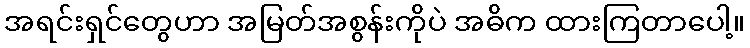
အရင်းရှင်တွေဟာ အမြတ်အစွန်းကိုပဲ အဓိက ထားကြတာပေါ့။